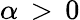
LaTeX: \alpha\, >\, 0